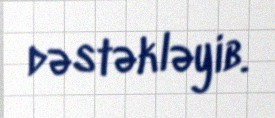
dəstəkləyib.